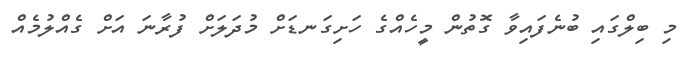
މި ބިލްގައި ބުނެފައިވާ ގޮތުން މީހެއްގެ ހަށިގަނޑަށް މުދަލަށް ފުރާނަ އަށް ގެއްލުމެއް